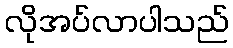
လိုအပ်လာပါသည်